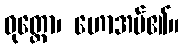
ဝုတ္တော၊ ဟောအပ်၏။